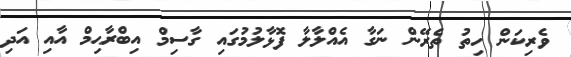
ވެރިކަން ހިތު ތެރޭން ނަގާ އެއްލާލާ ފޮޅާލުމުގައި ގާސިމް އިބްރާޙިމް އާއި އަދި